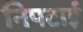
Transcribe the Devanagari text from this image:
निपटाई